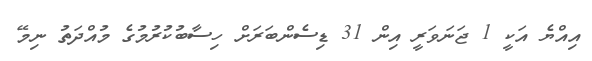
އިއްޔެ އަކީ 1 ޖަނަވަރީ އިން 31 ޑިސެންބަރަށް ހިސާބުކުރުމުގެ މުއްދަތު ނިމޭ